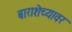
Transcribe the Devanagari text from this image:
बाराशेच्यावर